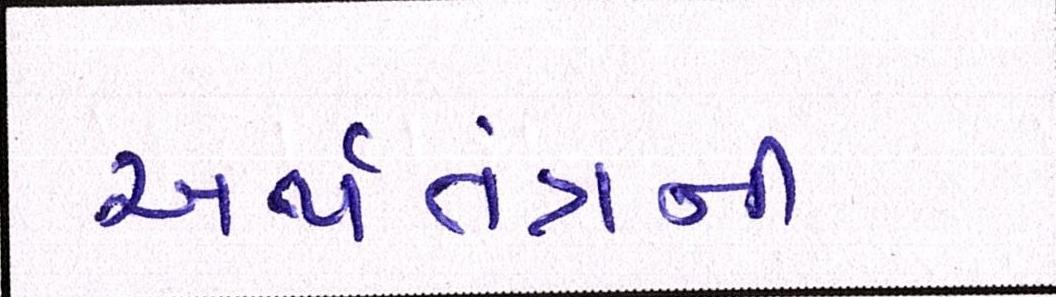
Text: અર્થતંત્રની